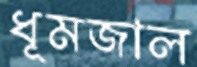
ধূমজাল